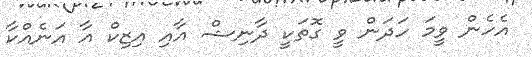
އެހެން ވީމަ ހަދަން ވީ ގޮތަކީ ދާނިޝް އާއި އިޒިކް އާ އަނެއްކާ